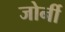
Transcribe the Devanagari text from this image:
जोर्नी